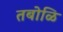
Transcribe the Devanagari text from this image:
तबोळि